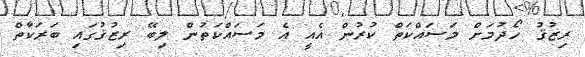
ރިޒުޤު ހޯދުމަށް މަސައްކަތް ކުރުން އެއީ އެ މަސައްކަތުން ލިބޭ ރިޒުޤުގައި ބަރަކާތް